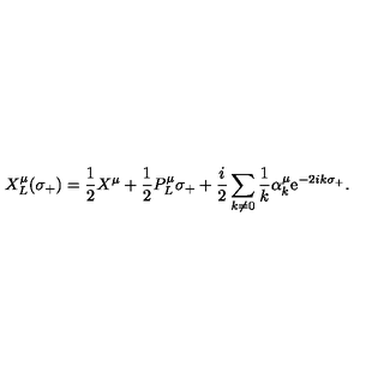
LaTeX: X _ { L } ^ { \mu } ( \sigma _ { + } ) = \frac { 1 } { 2 } X ^ { \mu } + \frac { 1 } { 2 } P _ { L } ^ { \mu } \sigma _ { + } + \frac { i } { 2 } \sum _ { k \neq 0 } \frac { 1 } { k } \alpha _ { k } ^ { \mu } \mathrm { e } ^ { - 2 i k \sigma _ { + } } .